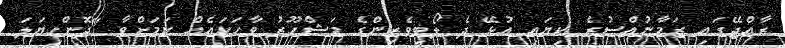
ރާއްޖޭގައި ޒަމާނުއްސުރެ ކިޔައި އުޅޭ ދެ ލޯބިވެރިންގެ މަޝްހޫރު ވާހަކައެއް ކަމަށްވާ "ދޮންހިޔަލަ